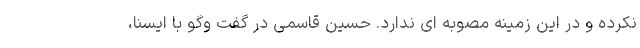
نکرده و در این زمینه مصوبه ای ندارد. حسین قاسمی در گفت وگو با ایسنا،